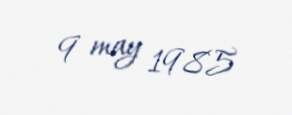
9 may 1985